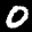
Label: 0